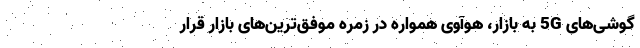
گوشی‌های 5G به بازار، هوآوی همواره در زمره موفق‌ترین‌های بازار قرار